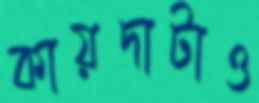
কায়দাটাও